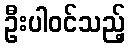
ဦးပါဝင်သည့်